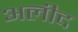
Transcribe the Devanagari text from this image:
अलीद